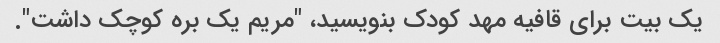
یک بیت برای قافیه مهد کودک بنویسید، "مریم یک بره کوچک داشت".